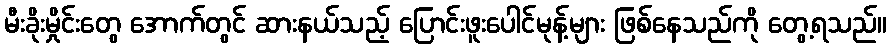
မီးခိုးမှိုင်းတွေ အောက်တွင် ဆားနယ်သည့် ပြောင်းဖူးပေါင်မုန့်များ ဖြစ်နေသည်ကို တွေ့ရသည်။